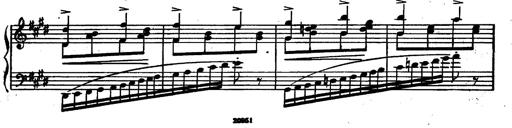
Title: Magyar rapszÃ³diÃ¡k
Composer: Franz Liszt